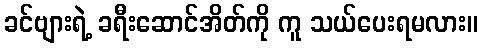
ခင်ဗျားရဲ့ ခရီးဆောင်အိတ်ကို ကူ သယ်ပေးရမလား။